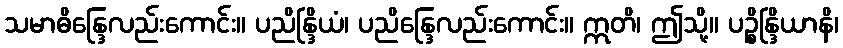
သမာဓိန္ဒြေလည်းကောင်း။ ပညိန္ဒြိယံ၊ ပညိန္ဒြေလည်းကောင်း။ ဣတိ၊ ဤသို့။ ပဉ္စိန္ဒြိယာနိ၊